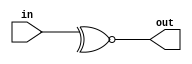
module XNOR2 #(parameter SIZE = 2) (input [SIZE-1:0] in, output out);
assign out = ~^in;
endmodule